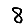
Digit: 8